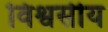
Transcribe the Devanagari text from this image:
विश्वसीय